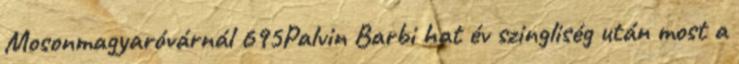
Mosonmagyaróvárnál 695Palvin Barbi hat év szingliség után most a